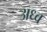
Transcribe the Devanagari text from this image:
अध्व